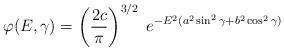
LaTeX: \begin{align*}\varphi(E,\gamma) = \left(\frac{2c}{\pi}\right)^{3/2} \; e^{- E^2 (a^2 \sin^2\gamma + b^2 \cos^2\gamma)}\end{align*}